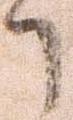
了